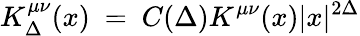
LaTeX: K_{\Delta}^{\mu\nu}(x)~=~C(\Delta)K^{\mu\nu}(x)|x|^{2\Delta}